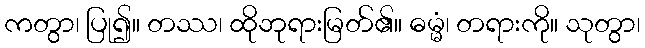
ကတွာ၊ ပြု၍။ တဿ၊ ထိုဘုရားမြတ်၏။ ဓမ္မံ၊ တရားကို။ သုတွာ၊